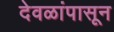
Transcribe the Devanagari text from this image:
देवळांपासून